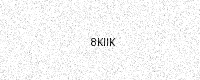
Text: 8KIIK